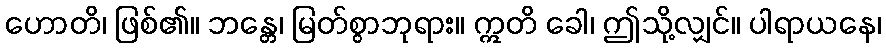
ဟောတိ၊ ဖြစ်၏။ ဘန္တေ၊ မြတ်စွာဘုရား။ ဣတိ ခေါ၊ ဤသို့လျှင်။ ပါရာယနေ၊